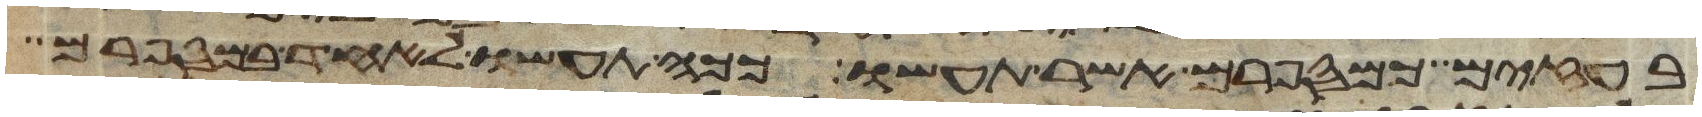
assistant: בעזים כמספרם אשר תעשו ככה תעשו לאחד במספרם